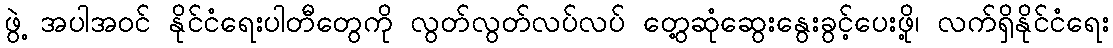
ဖွဲ့ အပါအဝင် နိုင်ငံရေးပါတီတွေကို လွတ်လွတ်လပ်လပ် တွေ့ဆုံဆွေးနွေးခွင့်ပေးဖို့၊ လက်ရှိနိုင်ငံရေး